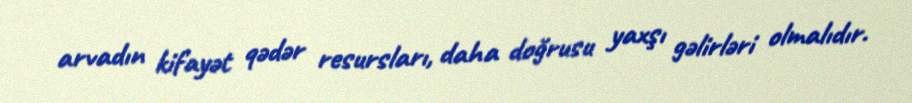
arvadın kifayət qədər resursları, daha doğrusu yaxşı gəlirləri olmalıdır.